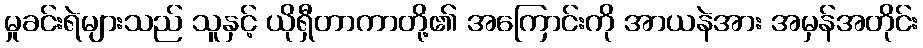
မှုခင်းရဲများသည် သူနှင့် ယိုရှီတာကာတို့၏ အကြောင်းကို အာယနဲအား အမှန်အတိုင်း